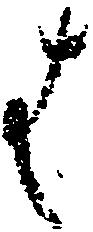
は